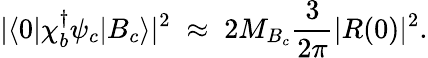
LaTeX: |\langle 0|\chi_{b}^{\dagger}\psi_{c}|B_{c}\rangle|^{2}\; \approx\; 2M_{B_{c}}{\frac{3}{2\pi}}|R(0)|^{2}.